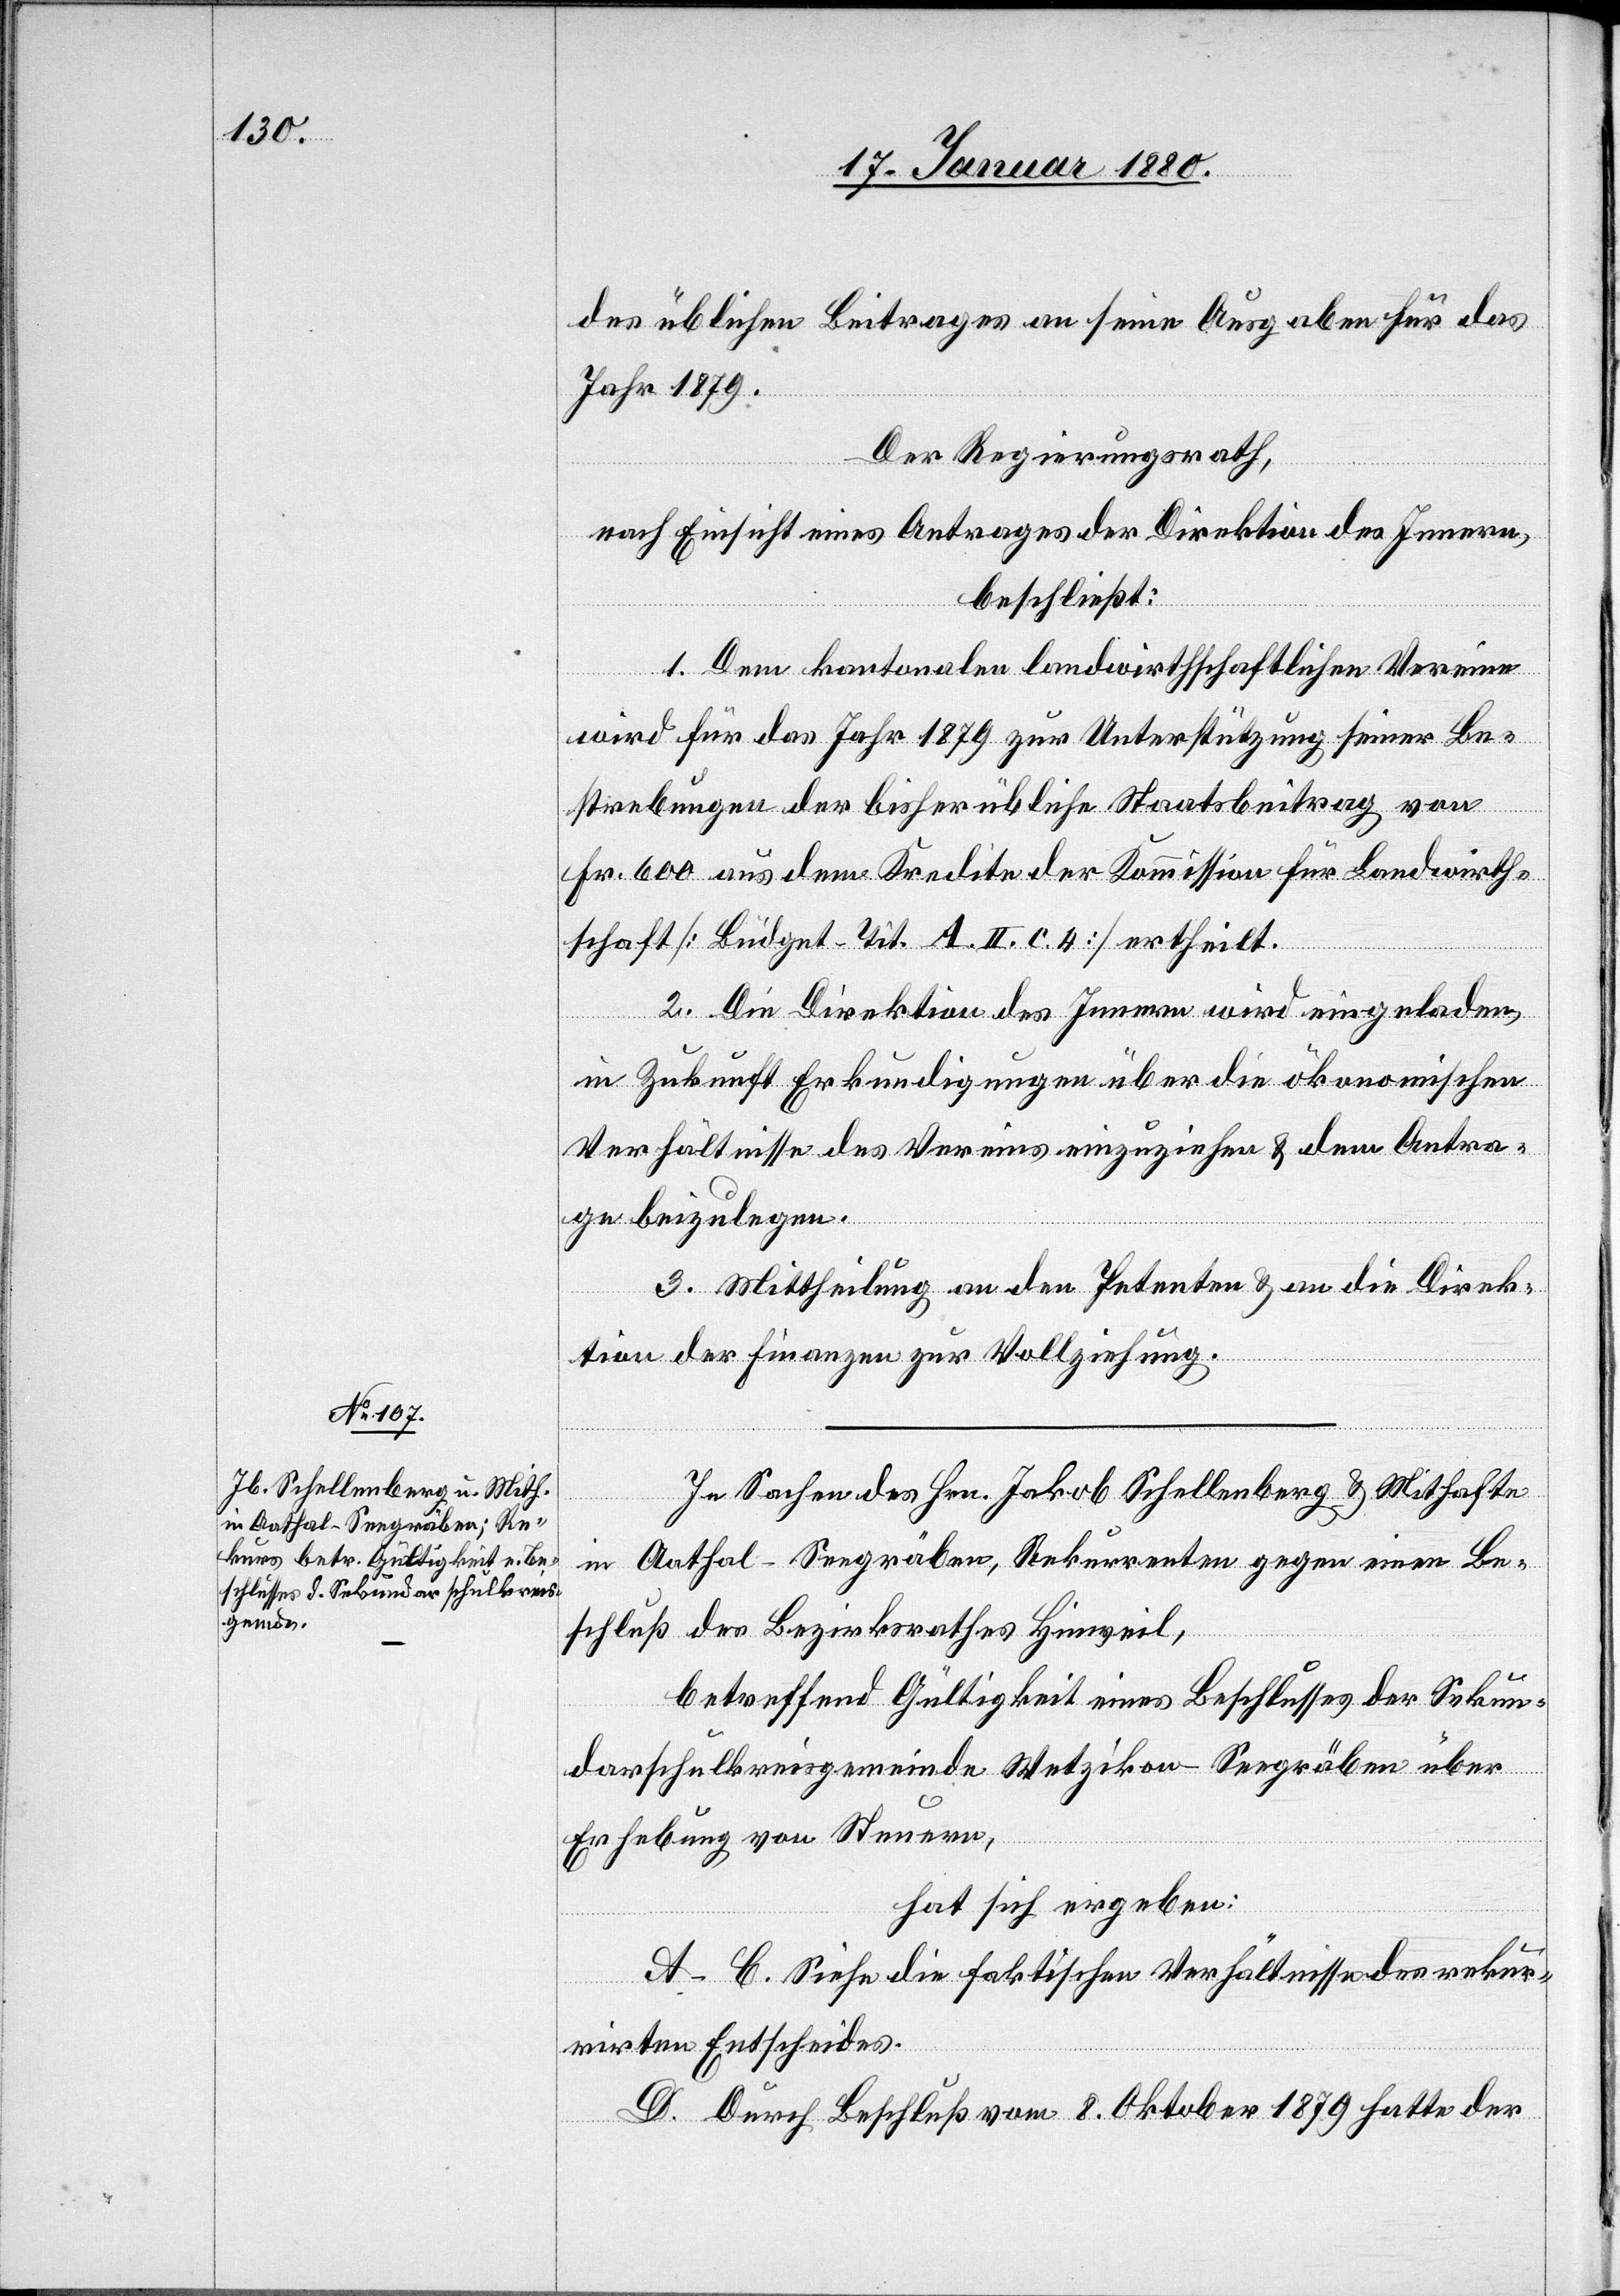
des üblichen Beitrages an seine Ausgaben für das
Jahr 1879.
Der Regierungsrath,
nach Einsicht eines Antrages der Direktion des Innern,
beschließt:
1. Dem kantonalen landwirthschaftlichen Vereine
wird für das Jahr 1879 zur Unterstützung seiner Be¬
strebungen der bisher übliche Staatsbeitrag von
Fr. 600 aus dem Kredite der Kommission für Landwirth¬
schaft [Büdget-Tit- A. II. c. 4.] ertheilt.
2. Die Direktion des Innern wird eingeladen,
in Zukunft Erkundigungen über die ökonomischen
Verhältnisse des Vereins einzuziehen & dem Antra¬
ge beizulegen.
3. Mittheilung an den Petenten & an die Direk¬
tion der Finanzen zur Vollziehung.
In Sachen des Hrn. Jakob Schellenberg & Mithafte
in Aathal - Seegräben, Rekurrenten gegen einen Be¬
schluß des Bezirksrathes Hinweil,
betreffend Gültigkeit eines Beschlusses der Sekun¬
darschulkreisgemeinde Wetzikon Seegräben über
Erhebung von Steuern,
hat sich ergeben:
A–C. Siehe die faktischen Verhältnisse des rekur¬
rirten Entscheides.
D. Durch Beschluß vom 8. Oktober 1879 hatte der